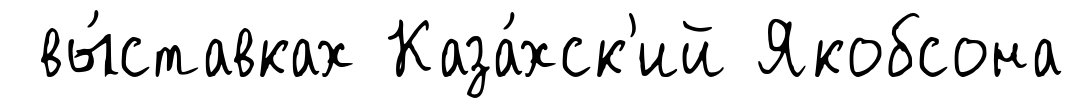
вы́ставках Каза́хск'ий Якобсона